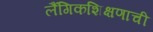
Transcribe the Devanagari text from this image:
लैंगिकशिक्षणाची